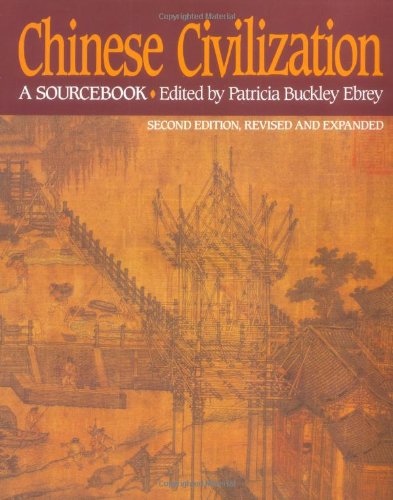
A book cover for Chinese Civilization: A Sourcebook, 2nd Ed; History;